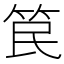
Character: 笢